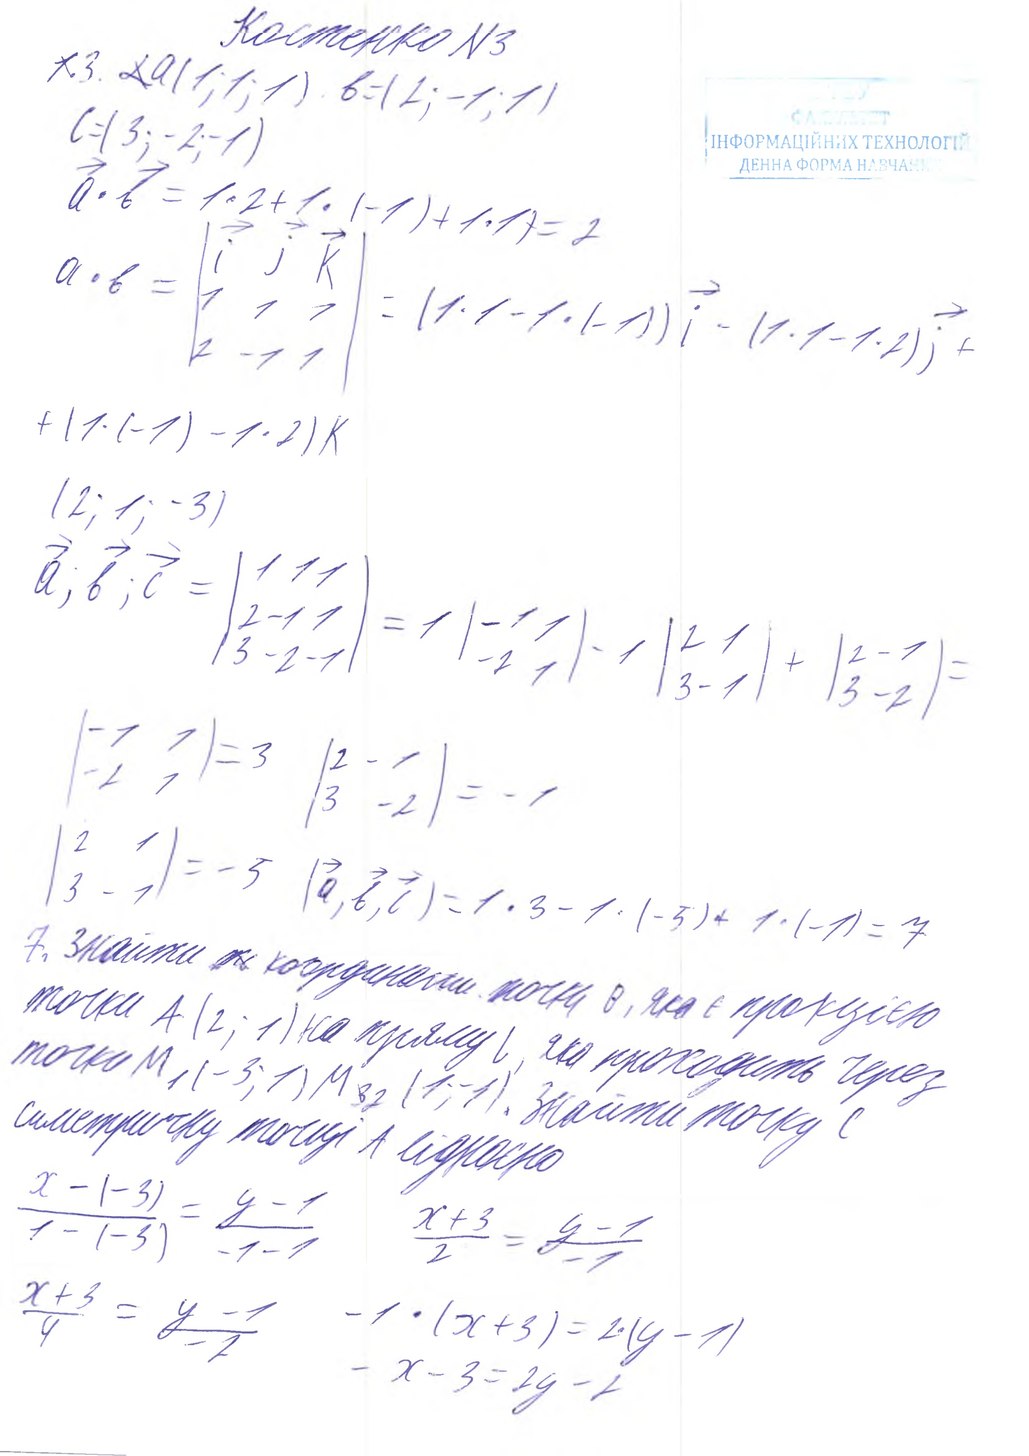
Костенко №3
~~1.~~3. ~~L~~ a(1;1;1) b=(2;-1;1)
C=(3;-2;-1)
a•b = 1•2 + 1•(-1) + 1•1~~)~~ = 2
a · b = | i j K / 1 1 1 / 2 -1 1 | = (1 · 1 - 1 · (-1)) i - (1 · 1 - 1 · 2) j +
+ ( 1 · ( - 1 ) - 1 · 2 ) K
(2; 1; -3)
a; b; c = | 1 1 1 / 2 -1 1 / 3 -2 -1 | = 1 | -1 1 / -2 -1 | - 1 | 2 1 / 3 -1 | + | 2 -1 / 3 -2 | =
|-1 1 / -2 1 | = 3   |2 -1 / 3 -2|   = -1
| 2 1 / 3 -1 | = -5  (a, b, c) = 1 * 3 - 1 * (-5) + 1 * (-1) = 7
7. Знайти ~~к~~ координати точки B, яка є прокцією
точки A(2; 1) на пряму l, яка проходить через
точки M1 (-3; 1) M~~3~~2 (1; -1). Знайти точку C
симетричну точці А відносно
x - (-3) / 1 - (-3) = y - 1 / -1 - 1   x + 3 / 2 = y - 1 / -1
x+3/4 = y-1/-2   -1 * (x+3) = 2 * (y-1) /  -x-3 = 2y-2